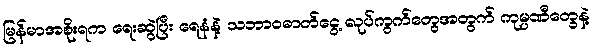
မြန်မာအစိုးရက ရေးဆွဲပြီး ရေနံနဲ့ သဘာဝဓာတ်ငွေ့ လုပ်ကွက်တွေအတွက် ကုမ္ပဏီတွေနဲ့